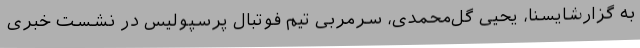
به گزارشایسنا، یحیی گل‌محمدی، سرمربی تیم فوتبال پرسپولیس در نشست خبری